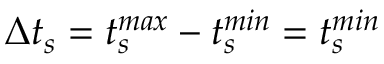
\Delta t _ { s } = t _ { s } ^ { m a x } - t _ { s } ^ { m i n } = t _ { s } ^ { m i n }